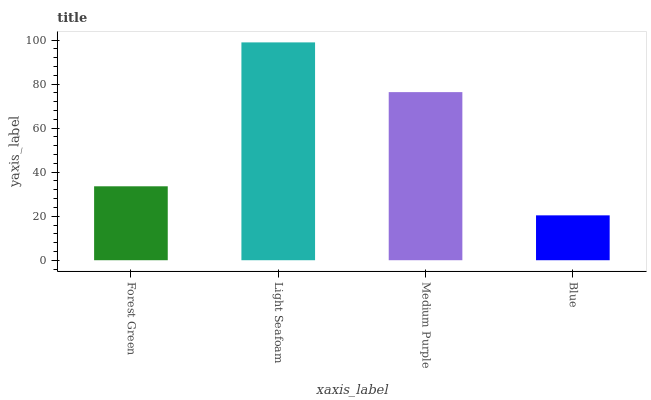
| xaxis_label | bars |
 | --- | --- |
 | Forest Green | 33.6 |
 | Light Seafoam | 98.9 |
 | Medium Purple | 76.4 |
 | Blue | 20.4 |